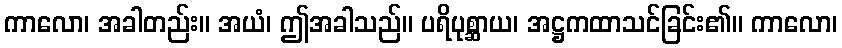
ကာလော၊ အခါတည်း။ အယံ၊ ဤအခါသည်။ ပရိပုစ္ဆာယ၊ အဋ္ဌကထာသင်ခြင်း၏။ ကာလော၊